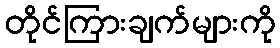
တိုင်ကြားချက်များကို